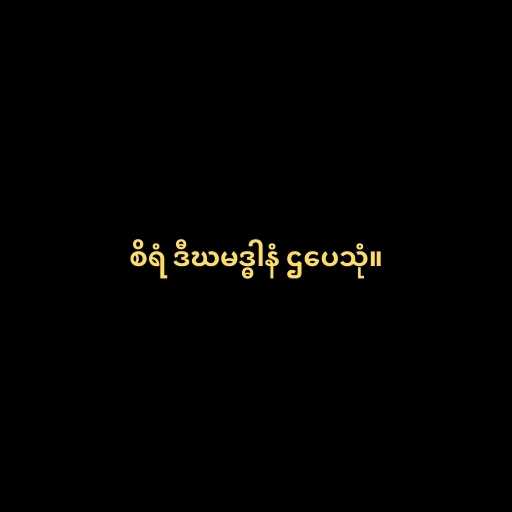
စိရံ ဒီဃမဒ္ဓါနံ ဌပေသုံ။